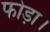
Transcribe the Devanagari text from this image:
फोड़ा।